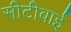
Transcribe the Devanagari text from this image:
सीटीवाई